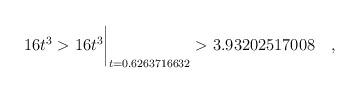
LaTeX: \begin{align*} 16t^3 & > 16t^3\biggr\rvert_{t=0.6263716632} > 3.93202517008 \quad , \end{align*}